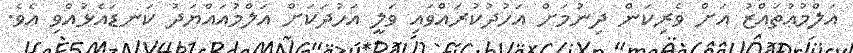
އަލްމުޢުތައްޒު އަށް ވެރިކަން ދިނުމަށް އަހުދުކުރައްވައި ވަލީ އަހުދަކަށް އަލްމުއައްޔަދު ކަނޑައެޅުއްވި އެވެ.